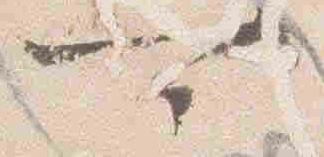
可